Indian journal of veterinary science and animal husbandry - Volumes 22-23, 1952-1953
Year: 1952
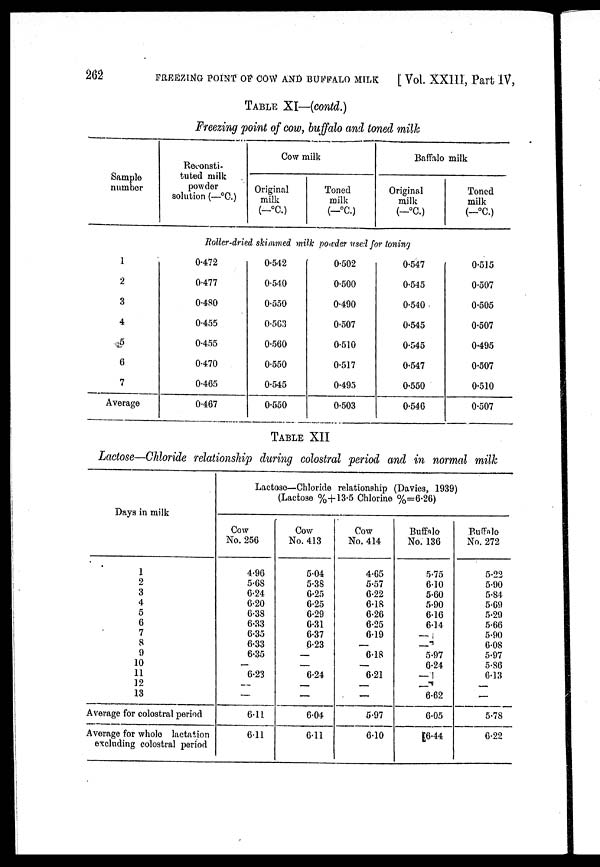
262
FREEZING POINT OF COW AND BUFFALO MILK
[Vol. XXIII, Part IV,
TABLE XI—(contd.)
Freezing point of cow, buffalo and toned milk
Sample
number
1
2
3
4
5
6
7
Average
Reconsti-
tuted milk
powder
solution (—ºC.)
Cow milk
Original
milk
(—ºC.)
Toned
milk
(—ºC.)
Baffalo milk
Original
milk
(—ºC.)
Toned
milk
(—ºC.)
Roller-dried skimmed milk powder used for toning
0.472
0.477
0.480
0.455
0.455
0.470
0.465
0.467
0.542
0.540
0.550
0.563
0.560
0.550
0.545
0.550
0.502
0.500
0.490
0.507
0.510
0.517
0.495
0.503
0.547
0.545
0.540
0.545
0.545
0.547
0.550
0.546
0.515
0.507
0.505
0.507
0.495
0.507
0.510
0.507
TABLE XII
Lactose—Chloride relationship during colostral period and in normal milk
Days in milk
1
2
3
4
5
6
7
8
9
10
11
12
13
Average for colostral period
Average for whole lactation
excluding colostral period
Lactose—Chloride relationship (Davies, 1939)
(Lactose %+13.5 Chlorine %=6.26)
Cow
No. 256
4.96
5.68
6.24
6.20
6.38
6.33
6.35
6.33
6.35
—
6.23
—
—
6.11
6.11
Cow
No. 413
5.04
5.38
6.25
6.25
6.29
6.31
6.37
6.23
—
—
6.24
—
—
6.04
6.11
Cow
No. 414
4.65
5.57
6.22
6.18
6.26
6.25
6.19
—
6.18
—
6.21
—
—
5.97
6.10
Buffalo
No. 136
5.75
6.10
5.60
5.90
6.16
6.14
—
—
5.97
6.24
—
—
6.62
6.05
6.44
Buffalo
No. 272
5.22
5.90
5.84
5.69
5.29
5.66
5.90
6.08
5.97
5.86
6.13
—
—
5.78
6.22